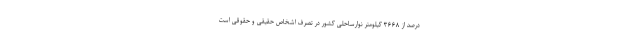
درصد از ۳۶۶۸ کیلومتر نوارساحلی کشور در تصرف اشخاص حقیقی و حقوقی است